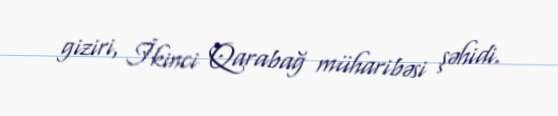
giziri, İkinci Qarabağ müharibəsi şəhidi.